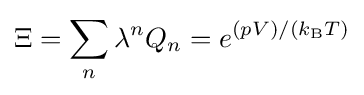
\Xi =\sum _{n}{\lambda ^{n}Q_{n}}=e^{\left(pV\right)/\left(k_{\text{B}}T\right)}